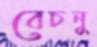
বেচনু